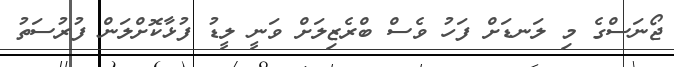
ޖޯނަސްގެ މި ލަނޑަށް ފަހު ވެސް ބްރެޒިލަށް ވަނީ ލީޑު ފުޅާކޮށްލަން ފުރުސަތު